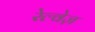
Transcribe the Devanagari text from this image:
रेल्वेज़